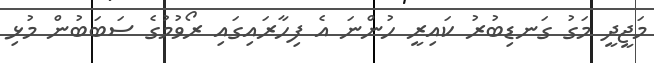
މަޖީދީ މަގު ގަނޑިބުރު ކައިރީ ހުންނަ އެ ފިހާރައިގައި ރޯވުމުގެ ސަބަބުން މުޅި